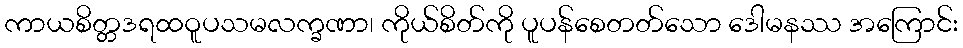
ကာယစိတ္တဒရထဝူပသမလက္ခဏာ၊ ကိုယ်စိတ်ကို ပူပန်စေတတ်သော ဒေါမနဿ အကြောင်း